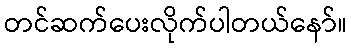
တင်ဆက်ပေးလိုက်ပါတယ်နော်။